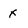
Character: x